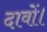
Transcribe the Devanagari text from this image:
दावों।